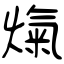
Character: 熂